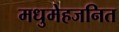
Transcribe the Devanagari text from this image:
मधुमेहजनित